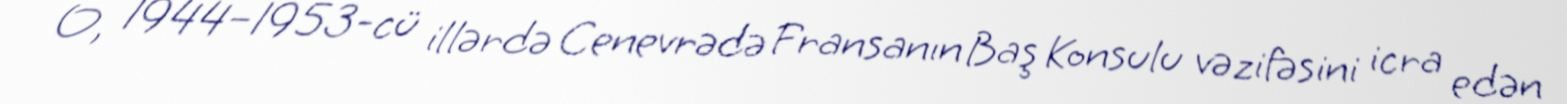
O, 1944–1953-cü illərdə Cenevrədə Fransanın Baş Konsulu vəzifəsini icra edən